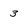
Character: 3